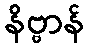
နိဗ္ဗာန်